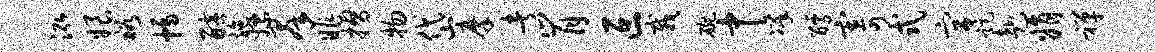
泓娘裕幅醅施嫖群昨摺物岱摩者肯叵栽碗中凛醵寄式宫距赴娟禅